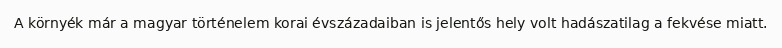
A környék már a magyar történelem korai évszázadaiban is jelentős hely volt hadászatilag a fekvése miatt.